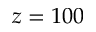
z = 1 0 0